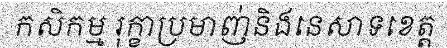
កសិកម្ម រុក្ខាប្រមាញ់និងនេសាទខេត្ត